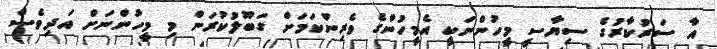
އާ ސަރުކާރުގެ ސިޔާސީ މީހުންނަކީ އެމީހުންގެ ވެރިންކަމަށް ގަބޫލުކުރަން މި މީހުންނަށް އަދިވެސް